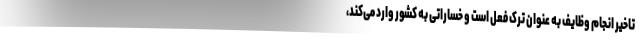
تاخیر انجام وظایف به عنوان ترک فعل است و خساراتی به کشور وارد می‌کند،